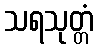
သရသုတ္တံ